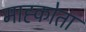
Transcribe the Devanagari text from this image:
माह्कोता